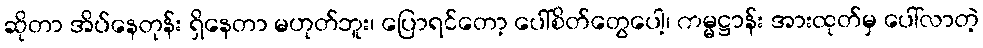
ဆိုတာ အိပ်နေတုန်း ရှိနေတာ မဟုတ်ဘူး၊ ပြောရင်တော့ ပေါ်စိတ်တွေပေါ့၊ ကမ္မဋ္ဌာန်း အားထုတ်မှ ပေါ်လာတဲ့